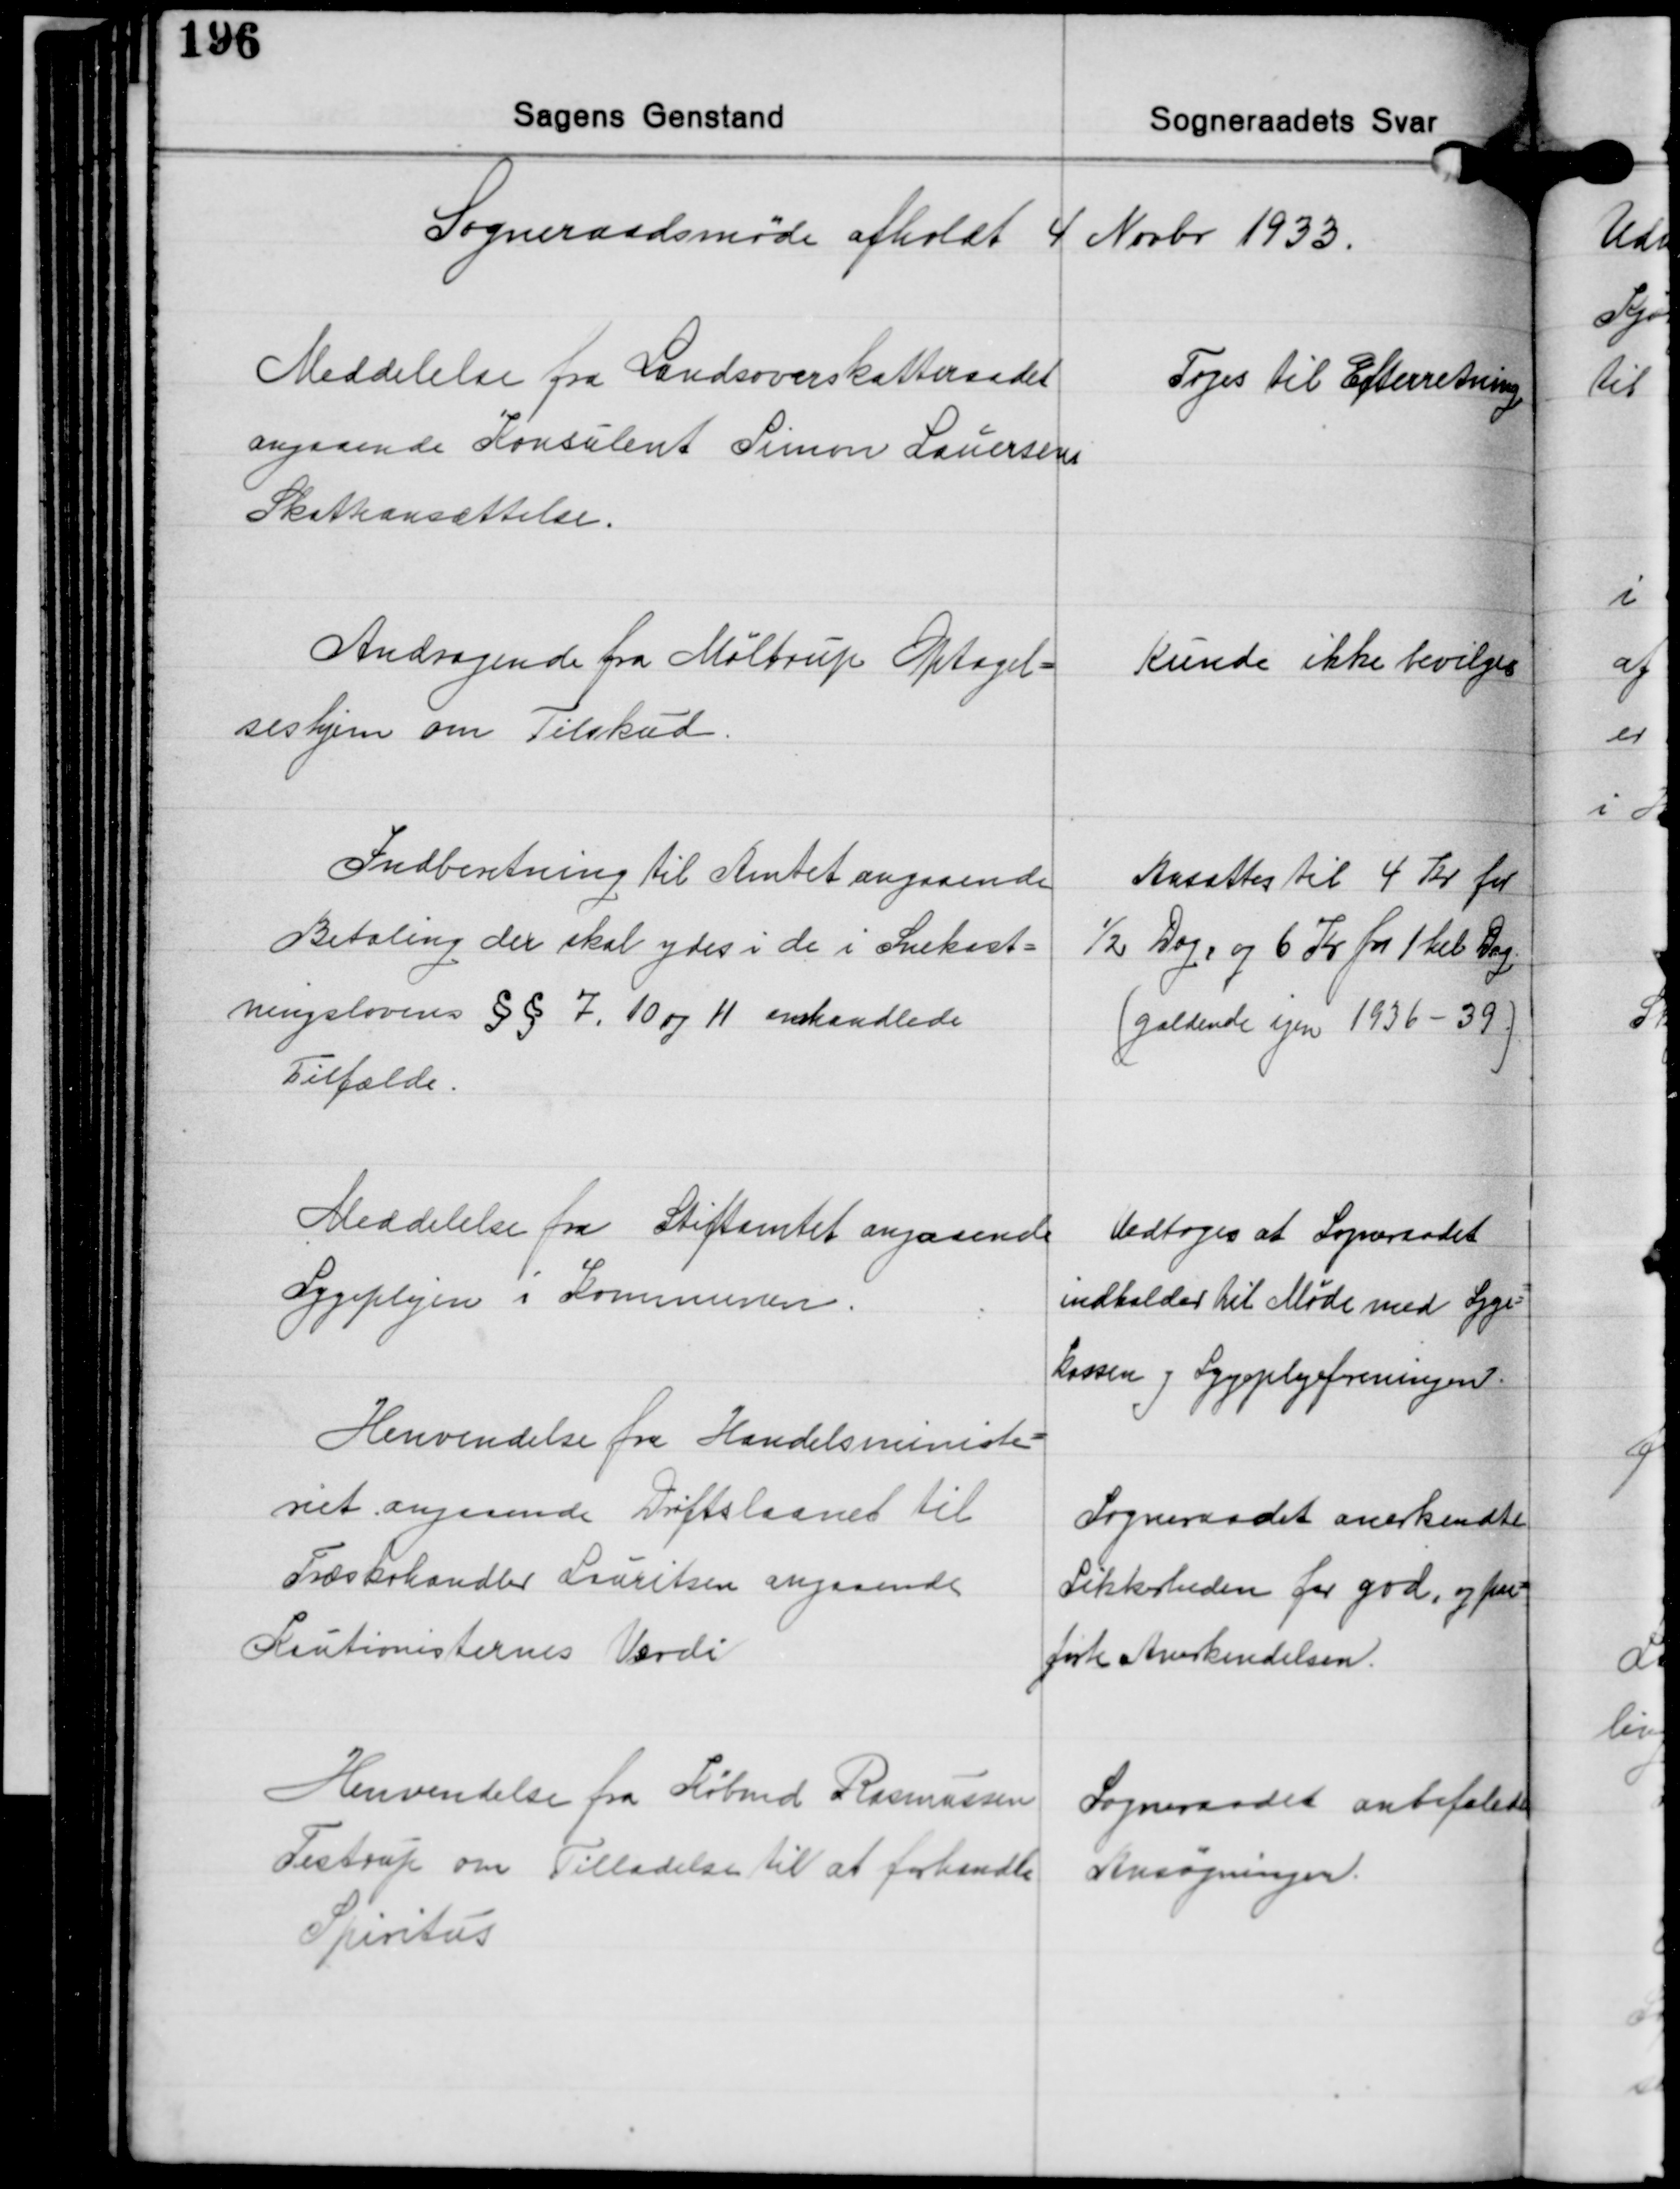
Transskription:
Sogneraadsmøde afholdt 4 Novbr. 1933.

Meddelelse fra Landsoverskatteraadet
angaaende Konsulent Simon Lauersens
Skatteansættelse.

Toges til Efterretning

Andragende fra Møltrup Optagel-
seshjem om Tilskud.

kunde ikke bevilges

Indberetning til Amtet angaaende
Betaling der skal ydes i de i Snekast-
ningslovens §§ 7, 10 og 11 omhandlede
Tilfælde.

Ansættes til 4 Kr. for
½ Dag og 6 Kr. for 1 hel Dag.
(gældende igen 1936-39)

Meddelelse fra Stiftamtet angaaende
Sygeplejen i Kommunen.

Vedtoges at Sogneraadet
indkalder til Møde med Syge-
Kassen og Sygeplejeforeningen

Henvendelse fra Handelsministe-
riet angaaende Driftslaanet til
Træskohandler Lauritsen angaaende
Kautionisternes Værdi

Sogneraadet anerkendte
Sikkerheden for god, og paa-
førte Anerkendelsen.

Henvendelse fra Købmd. Rasmussen
Testrup om Tilladelse til at forhandle
Spiritus

Sogneraadet anbefalede
Ansøgningen.